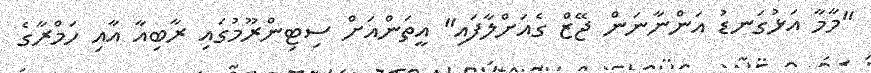
"މާމާ އަޅުގަނޑު އަންނާނަން ޖޭޒް ގެއަށްލާފައި" އީތަންއަށް ސިޓިންރޫމުގައި ރާބިއާ އާއި ހަމްރާގެ